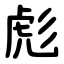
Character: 彪